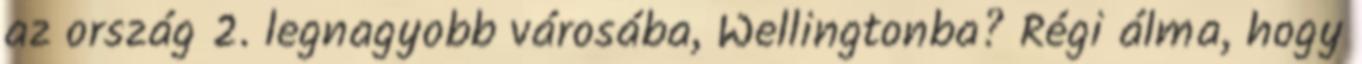
az ország 2. legnagyobb városába, Wellingtonba? Régi álma, hogy